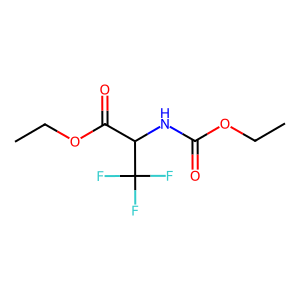
SMILES: CCOC(=O)NC(C(=O)OCC)C(F)(F)F
Inhibits HIV replication: No